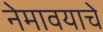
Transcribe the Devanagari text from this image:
नेमावयाचे